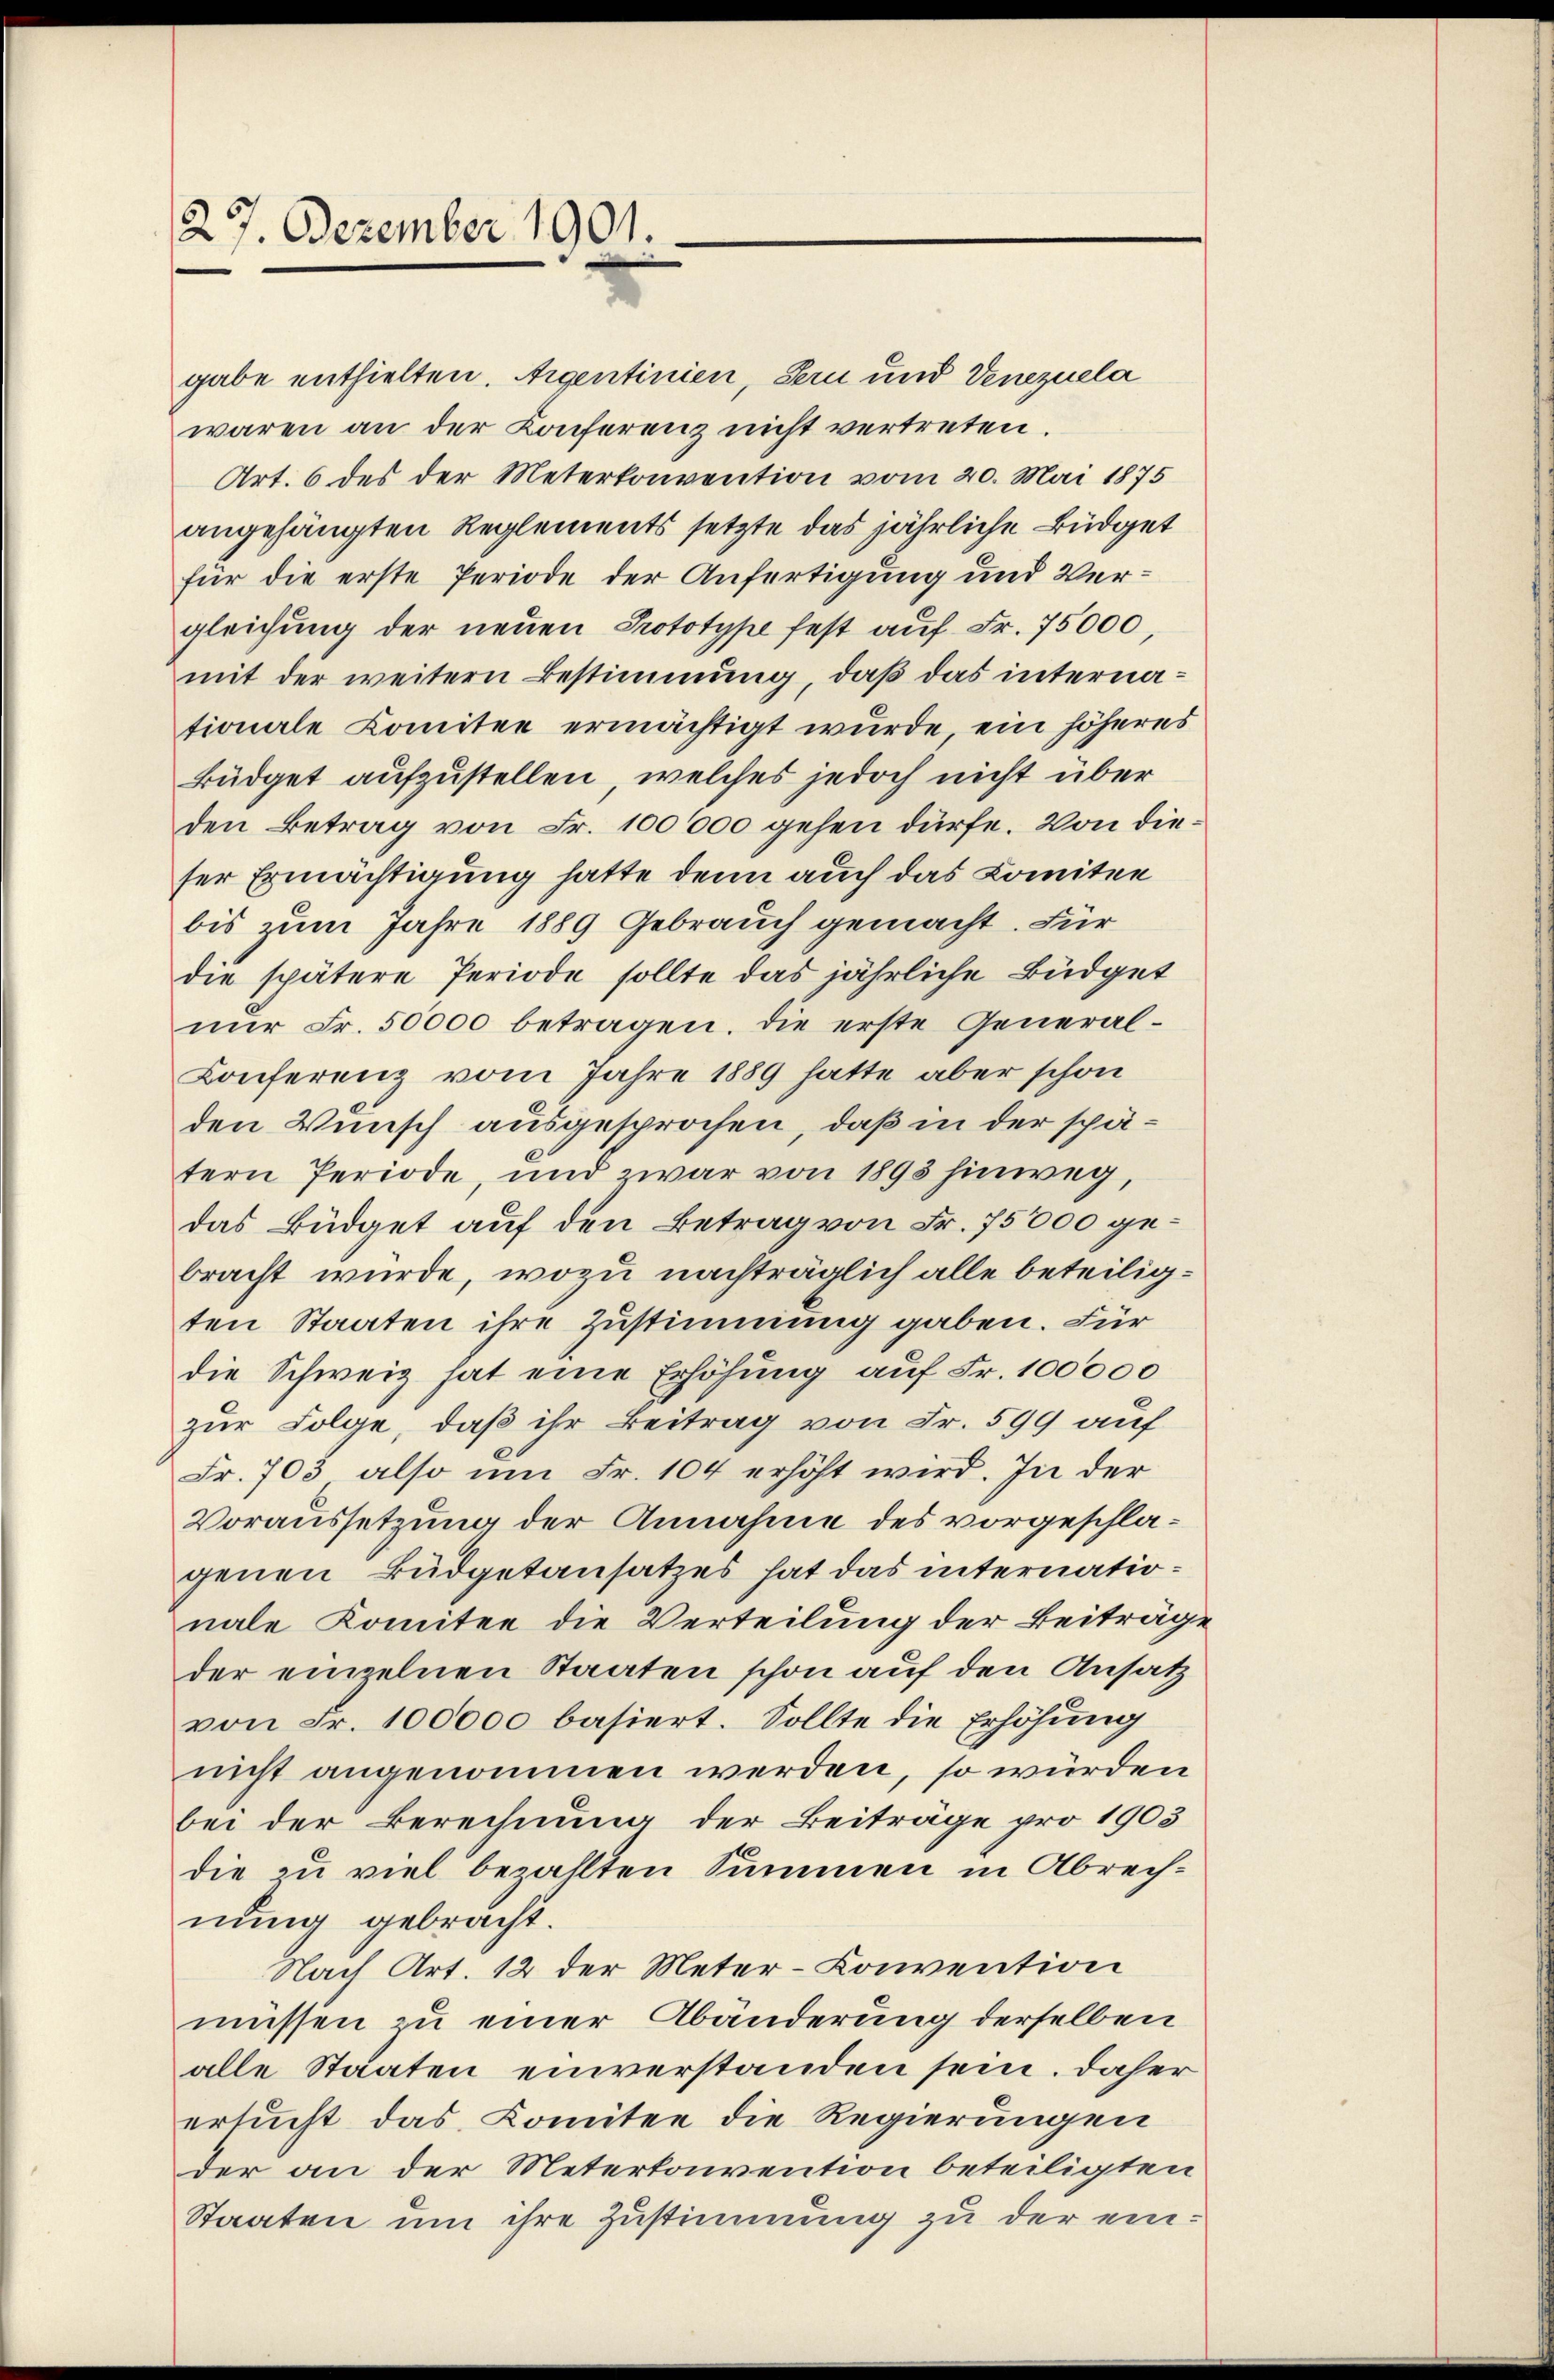
27. Dezember 1901.

gabe enthielten. Aigentinien, Bern und Venezuela
waren an der Konferenz nicht vertreten.
Art. 6 des der Meterkonvention vom 20. Mai 1875
angehängten Reglements setzte das jährliche Büdget
für die erste Periode der Anfertigung und Vergleichung der neuen Prototype fest auf Fr. 75000,
mit der weitern Bestimmung, daß das internationale Comitee ermächtigt wurde, ein höheres
Büdget aufzustellen, welches jedoch nicht über
den Betrag von Fr. 100000 gehen dürfe. Von dieser Ermächtigung hatte denn auch das Comitee
bis zum Jahre 1889 Gebrauch gemacht. Für
die spätere Periode sollte das jährliche Büdget
nur Fr. 50000 betragen, die erste General¬
Conferenz vom Jahre 1889 hatte aber schon
den Wunsch ausgesprochen, daß in der spätern Periode, und zwar von 1893 hinweg,
das Büdget auf den Betrag von Fr. 75000 gebracht würde, wozu nachträglich alle beteiligten Staaten ihre Zustimmung gaben. Für
die Schweiz hat eine Erhöhung auf Fr. 100000
zur Folge, daß ihr Beitrag von Fr. 599 auf
Fr. 703 also um Fr. 104 erhöht wird. In der
Voraussetzung der Annahme des vorgeschlagenen Büdgetansatzes hat das internationale Komitee die Verteilung der Beiträge
der einzelnen Staaten schon auf den Ansatz
von Fr. 100000 basiert. Sollte die Erhöhung
nicht angenommen werden, so würden
bei der Berechnung der Beiträge pro 1903
die zu viel bezahlten Summen in Abrechnung gebracht.
Nach Art. 12 der Meter-Convention
müssen zu einer Abänderung derselben
alle Staaten einverstanden sein. Daher
ersucht das Komitee die Regierungen
der an der Metertonvention beteiligten
Staaten um ihre Zustimmung zu der ein¬